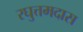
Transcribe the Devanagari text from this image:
रघुत्तमदास